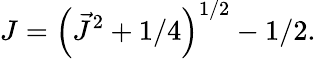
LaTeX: J=\left(\vec{J}^{2}+1/4\right)^{1/2}-1/2.